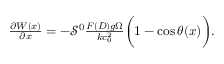
\begin{array} { r } { \frac { \partial W ( x ) } { \partial x } = - \mathcal { S } ^ { 0 } \frac { F ( D ) g \Omega } { k c _ { 0 } ^ { 2 } } \bigg ( 1 - \cos \theta ( x ) \bigg ) . } \end{array}